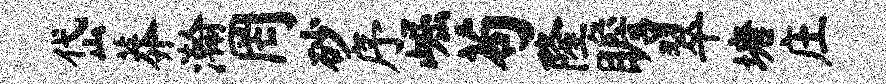
岱莽瀚罔砂序崛苟隆瞻翠塘庄